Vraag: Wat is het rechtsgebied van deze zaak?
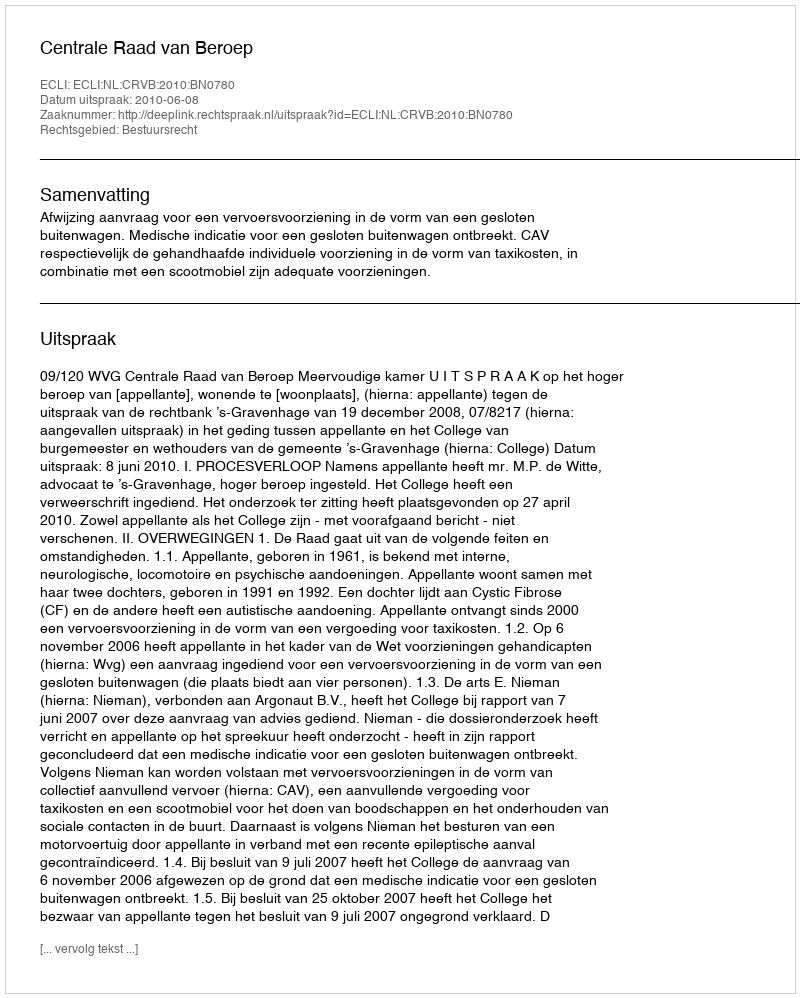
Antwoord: Bestuursrecht